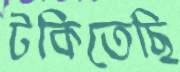
টকিতেছি